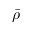
\bar { \rho }